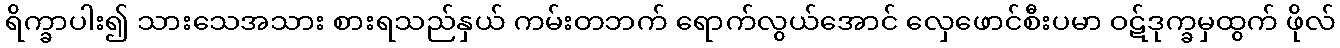
ရိက္ခာပါး၍ သားသေအသား စားရသည်နှယ် ကမ်းတဘက် ရောက်လွယ်အောင် လှေဖောင်စီးပမာ ဝဋ်ဒုက္ခမှထွက် ဖိုလ်